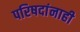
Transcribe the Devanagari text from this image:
परिषदांनाही